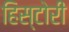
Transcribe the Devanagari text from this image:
हिस्टोरी